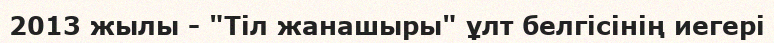
2013 жылы - "Тіл жанашыры" ұлт белгісінің иегері